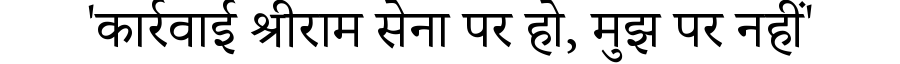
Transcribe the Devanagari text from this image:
'कार्रवाई श्रीराम सेना पर हो, मुझ पर नहीं'